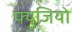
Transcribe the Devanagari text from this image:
फ्युजियो